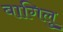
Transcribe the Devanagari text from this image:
बागिलु